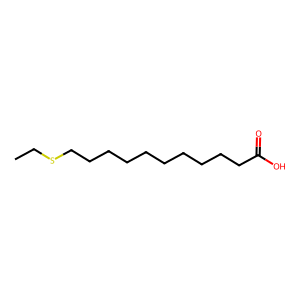
SMILES: CCSCCCCCCCCCCC(=O)O
Inhibits HIV replication: No